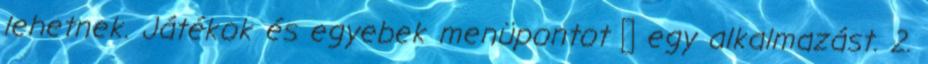
lehetnek. Játékok és egyebek menüpontot → egy alkalmazást. 2.